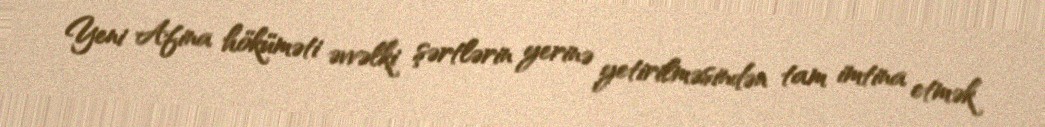
Yeni Afina höküməti əvvəlki şərtlərin yerinə yetirilməsindən tam imtina etmək